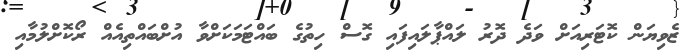
ޒެވިޔަން ކޮޓަރިއަށް ވަދެ ދޮރު ލައްޕާލައިފައި ގޮސް ހިތުގެ ބައްޓަމަކަށްވާ އުށްބައްތިއެއް ރޯކޮށްލުމާއި